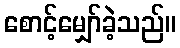
စောင့်မျှော်ခဲ့သည်။